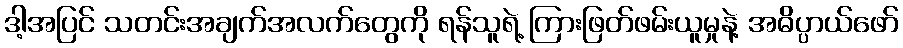
ဒါ့အပြင် သတင်းအချက်အလက်တွေကို ရန်သူရဲ့ ကြားဖြတ်ဖမ်းယူမှုနဲ့ အဓိပ္ပာယ်ဖော်